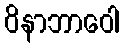
ဝိနာဘာဝေါ